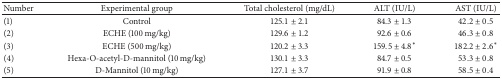
<table><thead><tr><td><b>Number</b></td><td><b>Experimental group</b></td><td><b>Total cholesterol (mg/dL)</b></td><td><b>ALT (IU/L)</b></td><td><b>AST (IU/L)</b></td></tr></thead><tbody><tr><td>(1)</td><td>Control</td><td>125.1 ± 2.1</td><td>84.3 ± 1.3</td><td>42.2 ± 0.5</td></tr><tr><td>(2)</td><td>ECHE (100 mg/kg)</td><td>129.6 ± 1.2</td><td>92.6 ± 0.6</td><td>46.3 ± 0.8</td></tr><tr><td>(3)</td><td>ECHE (500 mg/kg)</td><td>120.2 ± 3.3</td><td>159.5 ± 4.8<sup><i>∗</i></sup></td><td>182.2 ± 2.6<sup><i>∗</i></sup></td></tr><tr><td>(4)</td><td>Hexa-O-acetyl-D-mannitol (10 mg/kg)</td><td>130.1 ± 3.3</td><td>84.7 ± 0.5</td><td>53.3 ± 0.8</td></tr><tr><td>(5)</td><td>D-Mannitol (10 mg/kg)</td><td>127.1 ± 3.7</td><td>91.9 ± 0.8</td><td>58.5 ± 0.4</td></tr></tbody></table>